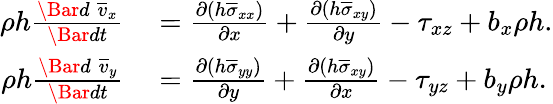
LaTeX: \begin{array}{rl}{\rho h\frac{\Bar{d}\; \overline{{v}}_{x}}{\Bar{dt}}}&{{}=\frac{\partial(h\overline{{\sigma}}_{xx})}{\partial x}+\frac{\partial(h\overline{{\sigma}}_{xy})}{\partial y}-\tau_{xz}+b_{x}\rho h.}\\ {\rho h\frac{\Bar{d}\; \overline{{v}}_{y}}{\Bar{dt}}}&{{}=\frac{\partial(h\overline{{\sigma}}_{yy})}{\partial y}+\frac{\partial(h\overline{{\sigma}}_{xy})}{\partial x}-\tau_{yz}+b_{y}\rho h.}\end{array}